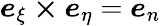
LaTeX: \boldsymbol e_{\xi}\boldsymbol\times\boldsymbol e_{\eta}=\boldsymbol e_{n}